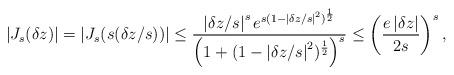
LaTeX: \begin{align*} |J_{s}(\delta z)| = |J_{s}(s(\delta z/s))|\leq \frac{\left|\delta z/s\right|^se^{s(1-\left|\delta z/s\right|^2)^{\frac{1}{2}}}}{\left(1+(1-\left|\delta z/s\right|^2)^{\frac{1}{2}}\right)^s}\leq \left(\frac{e\,|\delta z|}{2s}\right)^s ,\end{align*}